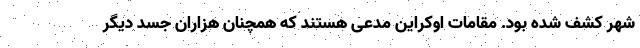
شهر کشف شده بود. مقامات اوکراین مدعی هستند که همچنان هزاران جسد دیگر